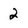
Character: 2